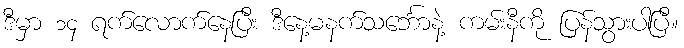
ဒီမှာ ၁၄ ရက်လောက်နေပြီး ဒီနေ့မနက်သင်္ဘောနဲ့ ကမ်းနီကို ပြန်သွားပါပြီ။